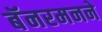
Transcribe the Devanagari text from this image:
बॅनरमनने